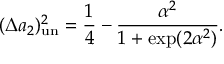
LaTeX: ( \Delta a _ { 2 } ) _ { \mathrm { u n } } ^ { 2 } = \frac { 1 } { 4 } - \frac { \alpha ^ { 2 } } { 1 + \exp ( 2 \alpha ^ { 2 } ) } .